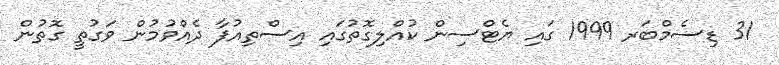
31 ޑިސެމްބަރ 1999 ގައި ޔެޓްސިން ކުއްލިގޮތުގައި އިސްތިއުފާ ދެއްވުމުން ވަގުތީ ގޮތުން